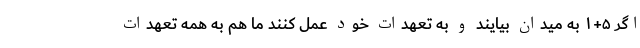
اگر ۵+۱ به میدان بیایند و به تعهدات خود عمل کنند ما هم به همه تعهدات